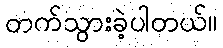
တက်သွားခဲ့ပါတယ်။